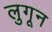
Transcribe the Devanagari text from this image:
लुगून